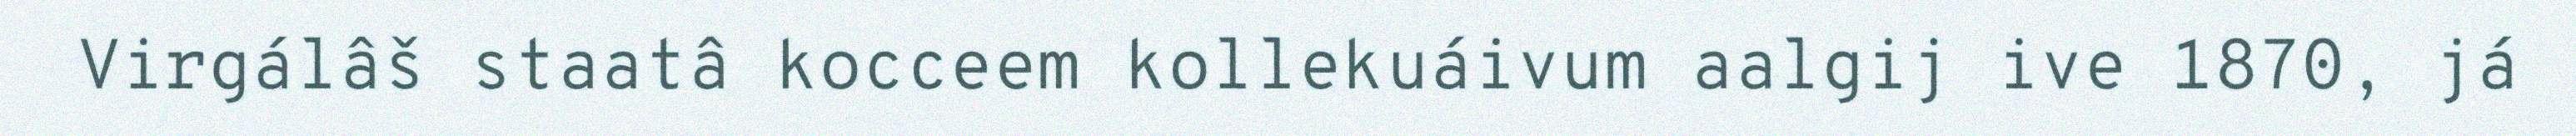
Virgálâš staatâ kocceem kollekuáivum aalgij ive 1870, já